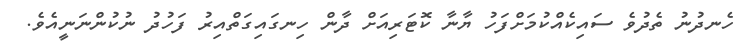
ހެނދުނު ތެދުވެ ސައިކެއްކުމަށްފަހު ޔާނާ ކޮޓަރިއަށް ދާން ހިނގައިގަތްއިރު ފަހުދު ނުކުންނަނީއެވެ.